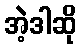
အဲ့ဒါဆို